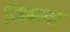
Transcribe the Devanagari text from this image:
जिबला